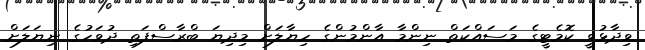
ވިދާޅުވީ ކޮމެޓީގެ މަސައްކަތް ނިންމާ އާންމުންގެ ހިޔާލަށް މިދިޔަ ބްރާސްފަތި ދުވަހުގެ ނިޔަލަށް